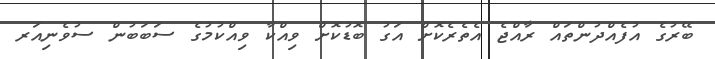
ބޭރުގެ އުފެއްދުންތައް ރާއްޖެ އެތެރެކޮށް އަގު ބޮޑުކޮށް ވިއްކާ ވިއްކުމުގެ ސަބަބުން ސުވެނިއަރ